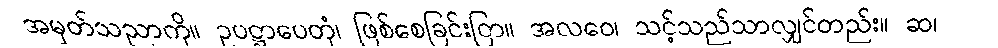
အမှတ်သညာကို။ ဥပဋ္ဌာပေတုံ၊ ဖြစ်စေခြင်းငြာ။ အလဝေ၊ သင့်သည်သာလျှင်တည်း။ ဆ၊